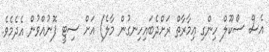
އެސް ސްކޫލް ހިންގި ޢިމާރާތް ރަށްދެބައިހިނގުން މާލެ) އަށް ސިޓީ ފޮނުއްވުން އެދެމެވެ.